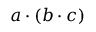
a \cdot ( b \cdot c )